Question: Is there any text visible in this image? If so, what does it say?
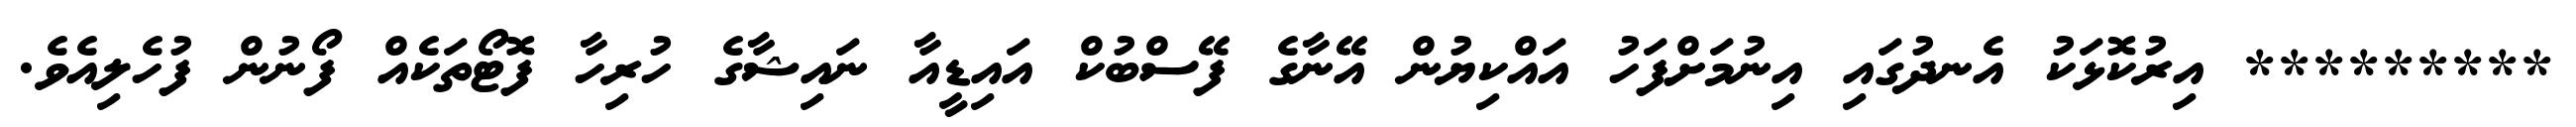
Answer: ********* އިރުކޮޅަކު އެނދުގައި އިނުމަށްފަހު އައްކިޔުން އޭނާގެ ފޭސްބުކް އައިޑީއާ ނައިޝާގެ ހުރިހާ ފޮޓޯތަކެއް ފޯނުން ފުހެލިއެވެ.